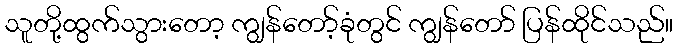
သူတို့ထွက်သွားတော့ ကျွန်တော့်ခုံတွင် ကျွန်တော် ပြန်ထိုင်သည်။